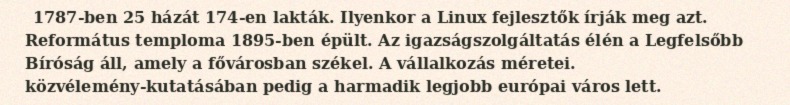
1787-ben 25 házát 174-en lakták. Ilyenkor a Linux fejlesztők írják meg azt. Református temploma 1895-ben épült. Az igazságszolgáltatás élén a Legfelsőbb Bíróság áll, amely a fővárosban székel. A vállalkozás méretei. közvélemény-kutatásában pedig a harmadik legjobb európai város lett.